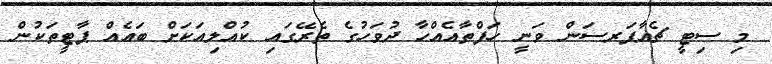
މި ސިޓީ ޗެއާޕަރސަން ވަނީ ހަފްތާއެއްހާ ދުވަހުގެ ތެރޭގައި ކުއްލިއަކަށް ބައެއް ޕާޓީތަކުން